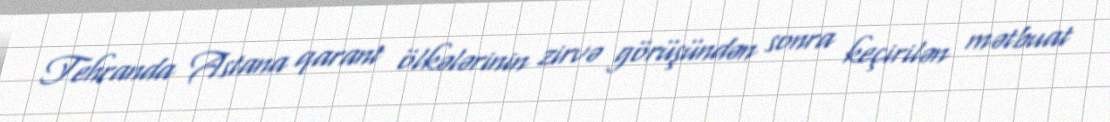
Tehranda Astana qarant ölkələrinin zirvə görüşündən sonra keçirilən mətbuat